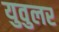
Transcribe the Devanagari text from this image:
युवुलर